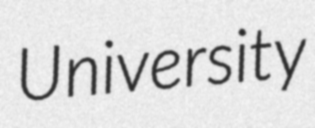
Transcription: University